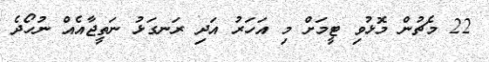
22 މެޗުން މޮޅުވި ޓީމަށް މި އަހަރު އަދި ރަނގަޅު ނަތީޖާއެއް ނުހޯދެ